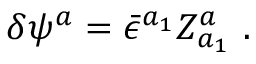
\delta \psi ^ { a } = { \bar { \epsilon } } ^ { a _ { 1 } } Z _ { a _ { 1 } } ^ { a } \ .